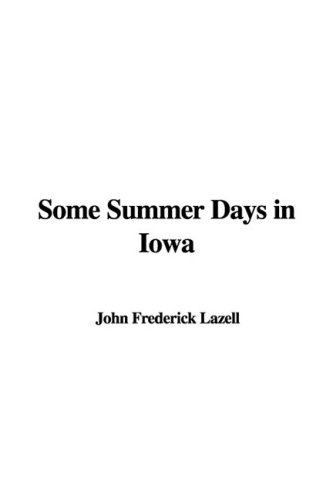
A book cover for Some Summer Days in Iowa; John Frederick Lazell; Travel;